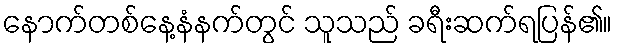
နောက်တစ်နေ့နံနက်တွင် သူသည် ခရီးဆက်ရပြန်၏။